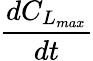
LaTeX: \frac{dC_{L_{max}}}{dt}